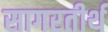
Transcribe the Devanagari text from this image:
सागरतीर्थ